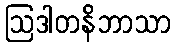
ဩဒါတနိဘာသာ